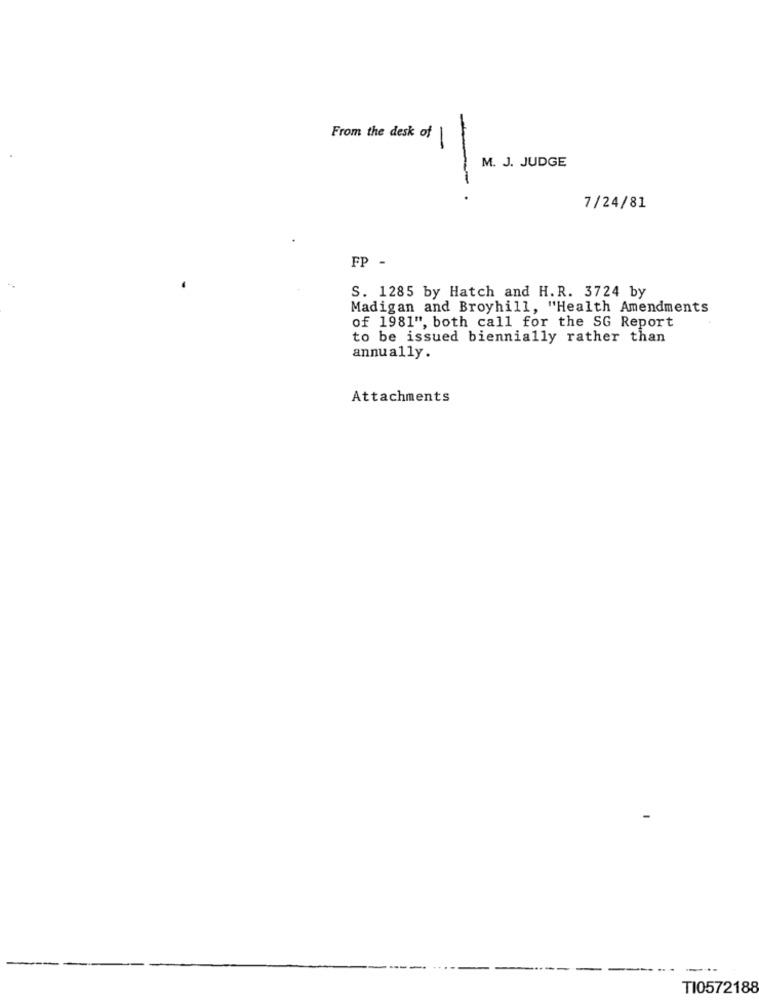
From the desk of
-
M. J. JUDGE
-
7/24/81
FP -
S. 1285 by Hatch and H.R. 3724 by
Madigan and Broyhill, "Health Amendments
of 1981", both call for the SG Report
to be issued biennially rather than
annually.
Attachments
TI0572188